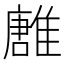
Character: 𩀛